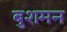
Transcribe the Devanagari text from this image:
बुशमन